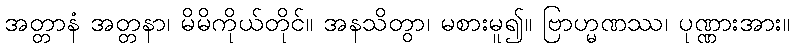
အတ္တာနံ အတ္တနာ၊ မိမိကိုယ်တိုင်။ အနသိတွာ၊ မစားမူ၍။ ဗြာဟ္မဏဿ၊ ပုဏ္ဏားအား။